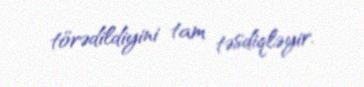
törədildiyini tam təsdiqləyir.